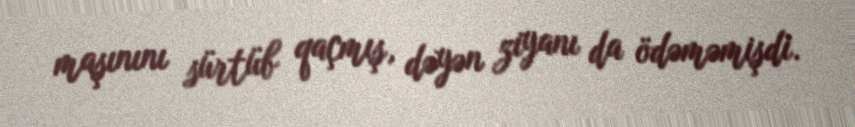
maşınını sürtüb qaçmış, dəyən ziyanı da ödəməmişdi.